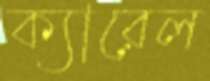
ক্যারেল